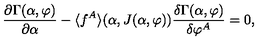
{ \frac { \partial \Gamma ( \alpha , \varphi ) } { \partial \alpha } } - \langle f ^ { A } \rangle ( \alpha , J ( \alpha , \varphi ) ) { \frac { \delta \Gamma ( \alpha , \varphi ) } { \delta \varphi ^ { A } } } = 0 ,